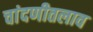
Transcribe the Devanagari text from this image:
चांदणीतलाव